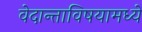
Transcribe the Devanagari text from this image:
वेदान्ताविषयामध्ये